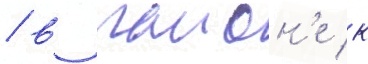
/ в раион'е к